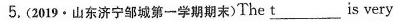
5.(2019·山东济宁邹城第一学期期末)The t___ is very